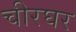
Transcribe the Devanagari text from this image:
चीरघर